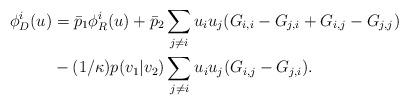
LaTeX: \begin{align*}\phi^i_D(u) &= \bar p_1 \phi^i_R(u) + \bar p_2 \sum_{j\neq i} u_i u_j (G_{i,i} -G_{j,i}+ G_{i,j} -G_{j,j}) \\& -(1/\kappa) p(v_1|v_2) \sum_{j \neq i} u_i u_j ( G_{i,j}-G_{j,i}).\end{align*}